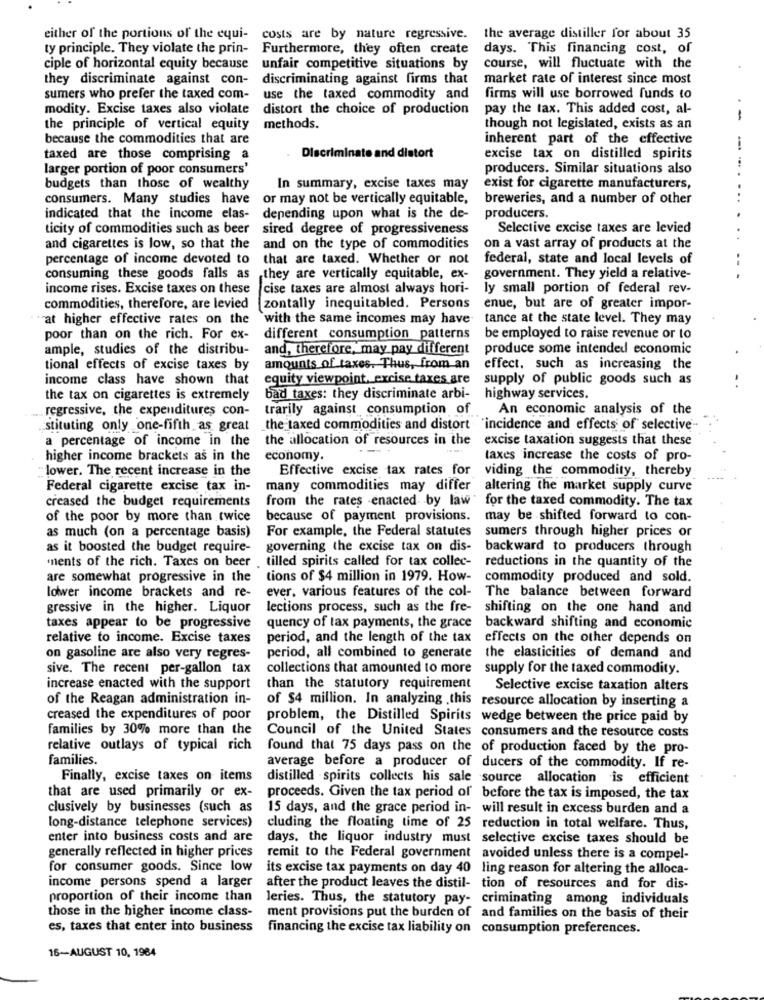
either of the portions of the equi-
costs are by nature regressive.
the average distiller for about 35
ty principle. They violate the prin- Furthermore, they often create
days. This financing cost, of
ciple of horizontal equity because
unfair competitive situations by
course, will fluctuate with the
they discriminate against con-
discriminating against firms that
market rate of interest since most
sumers who prefer the taxed com-
use the taxed commodity and
firms will use borrowed funds to
modity. Excise taxes also violate
distort the choice of production
pay the tax. This added cost, al-
-
the principle of vertical equity
methods.
though not legislated, exists as an
because the commodities that are
inherent part of the effective
taxed are those comprising a
Discriminate and distort
excise tax on distilled spirits
larger portion of poor consumers'
producers. Similar situations also
budgets than those of wealthy
In summary, excise taxes may
exist for cigarette manufacturers,
consumers. Many studies have
or may not be vertically equitable,
breweries, and a number of other
indicated that the income elas-
depending upon what is the de-
producers.
ticity of commodities such as beer
sired degree of progressiveness
Selective excise taxes are levied
and cigarettes is low, so that the
and on the type of commodities
on a vast array of products at the
percentage of income devoted to
that are taxed. Whether or not
federal, state and local levels of
consuming these goods falls as
they are vertically equitable, ex-
government. They yield a relative-
income rises. Excise taxes on these
cise taxes are almost always hori-
ly small portion of federal rev-
commodities, therefore, are levied
zontally inequitabled. Persons
enue, but are of greater impor-
"at higher effective rates on the
`with the same incomes may have
tance at the state level. They may
poor than on the rich. For ex-
different consumption patterns
be employed to raise revenue or to
ample, studies of the distribu-
and, therefore, may pay different
produce some intended economic
tional effects of excise taxes by
amounts of taxes. Thus, from an
effect, such as increasing the
income class have shown that
equity viewpoint, excise taxes are
supply of public goods such as
the tax on cigarettes is extremely
bad taxes: they discriminate arbi- highway services.
regressive, the expenditures con-
trarily against consumption of
An economic analysis of the
stituting only one-fifth as great
the taxed commodities and distort 'incidence and effects of selective-
a percentage of income in the
the allocation of resources in the
excise taxation suggests that these
higher income brackets as in the
economy.
taxes increase the costs of pro-
"lower. The recent increase in the
Effective excise tax rates for
viding the commodity, thereby
Federal cigarette excise tax in-
many commodities may differ
altering the market supply curve
creased the budget requirements
from the rates enacted by law " for the taxed commodity. The tax
of the poor by more than twice
because of payment provisions.
may be shifted forward to con-
as much (on a percentage basis)
For example, the Federal statutes
sumers through higher prices or
as it boosted the budget require-
governing the excise tax on dis-
backward to producers through
'ments of the rich. Taxes on beer .
tilled spirits called for tax collec-
reductions in the quantity of the
are somewhat progressive in the
tions of $4 million in 1979. How-
commodity produced and sold.
lower income brackets and re-
ever, various features of the col-
The balance between forward
gressive in the higher. Liquor
lections process, such as the fre- shifting on the one hand and
taxes appear to be progressive
quency of tax payments, the grace backward shifting and economic
relative to income. Excise taxes
period, and the length of the tax effects on the other depends on
on gasoline are also very regres-
period, all combined to generate the elasticities of demand and
sive. The recent per-gallon tax
collections that amounted to more supply for the taxed commodity.
increase enacted with the support
than the statutory requirement
Selective excise taxation alters
of the Reagan administration in-
of $4 million. In analyzing this resource allocation by inserting a
creased the expenditures of poor
problem, the Distilled Spirits wedge between the price paid by
families by 30% more than the
Council of the United States consumers and the resource costs
relative outlays of typical rich
found that 75 days pass on the of production faced by the pro-
families.
average before a producer of ducers of the commodity. If re-
Finally, excise taxes on items
distilled spirits collects his sale source allocation is efficient
that are used primarily or ex-
proceeds. Given the tax period of before the tax is imposed, the tax
clusively by businesses (such as
15 days, and the grace period in- will result in excess burden and a
long-distance telephone services)
cluding the floating time of 25 reduction in total welfare. Thus,
enter into business costs and are
days, the liquor industry must selective excise taxes should be
generally reflected in higher prices
remit to the Federal government avoided unless there is a compel-
for consumer goods. Since low
its excise tax payments on day 40 ling reason for altering the alloca-
income persons spend a larger
after the product leaves the distil- tion of resources and for dis-
proportion of their income than
leries. Thus, the statutory pay- criminating among individuals
those in the higher income class-
ment provisions put the burden of and families on the basis of their
es, taxes that enter into business
financing the excise tax liability on consumption preferences.
16-AUGUST 10, 1964